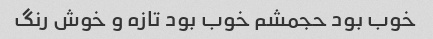
خوب بود حجمشم خوب بود تازه و خوش رنگ